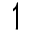
\upharpoonleft